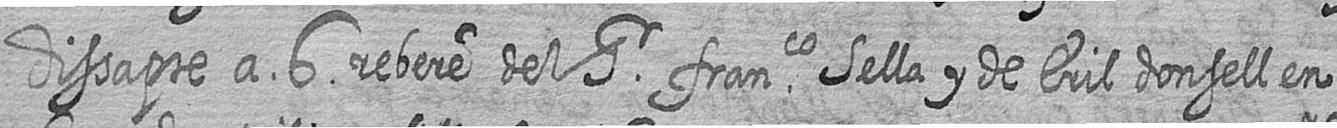
Dissapte a 6 rebere del Sr franco Sella y de Eril donsell en